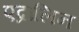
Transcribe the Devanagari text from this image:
एद्रालिन